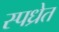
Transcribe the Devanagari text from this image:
स्पध्रेत